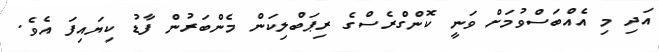
އަދި މި އެއްބަސްވުމަށް ވަނީ ކޮންގްރެސްގެ ރިޕަބްލިކަން މެންބަރުން ފާޑު ކިޔައިފަ އެވެ.